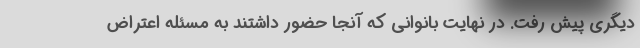
دیگری پیش رفت. در نهایت بانوانی که آنجا حضور داشتند به مسئله اعتراض